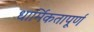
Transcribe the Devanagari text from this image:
धार्मिकतापूर्ण